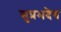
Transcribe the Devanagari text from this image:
सुप्रभदेव